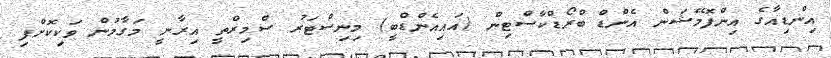
އިންޑިއާގެ އިންފޮމޭޝަން އެންޑް ބްރޯޑްކާސްޓިން (އައިއެންޑްބީ) މިނިސްޓަރު ސްމިރްތީ އިރާނީ މަގާމުން ވަކިކޮށްފި